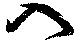
入